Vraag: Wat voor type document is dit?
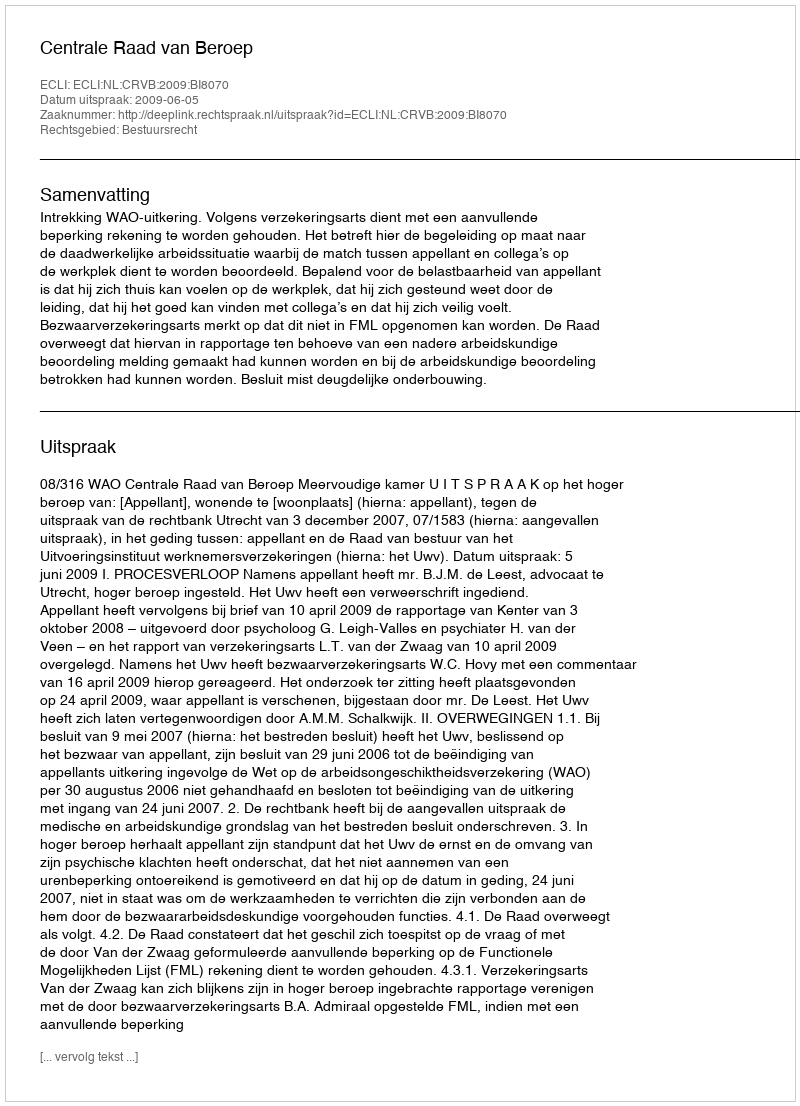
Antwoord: Uitspraak